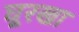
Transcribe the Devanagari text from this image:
घूरखा